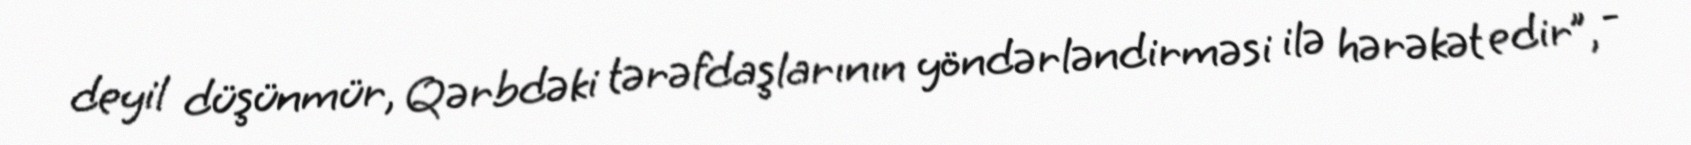
deyil düşünmür, Qərbdəki tərəfdaşlarının yöndərləndirməsi ilə hərəkət edir”, -